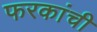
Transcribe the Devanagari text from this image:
फरकांची